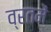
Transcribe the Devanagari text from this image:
व्रतमें